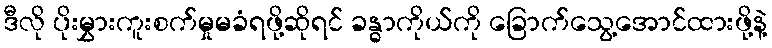
ဒီလို ပိုးမွှားကူးစက်မှုမခံရဖို့ဆိုရင် ခန္ဓာကိုယ်ကို ခြောက်သွေ့အောင်ထားဖို့နဲ့